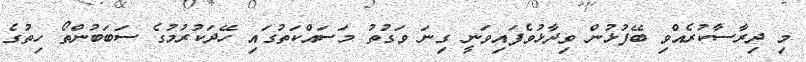
މި ދިރާސާކުރެއްވި ބޭފުޅުން ވިދާޅުވެފައިވަނީ ގިނަ ވަގުތު މަސައްކަތުގައި ހޭދަކުރުމުގެ ސަބަބުންތޯ ހިތުގެ